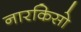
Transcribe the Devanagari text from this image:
नारकिसो